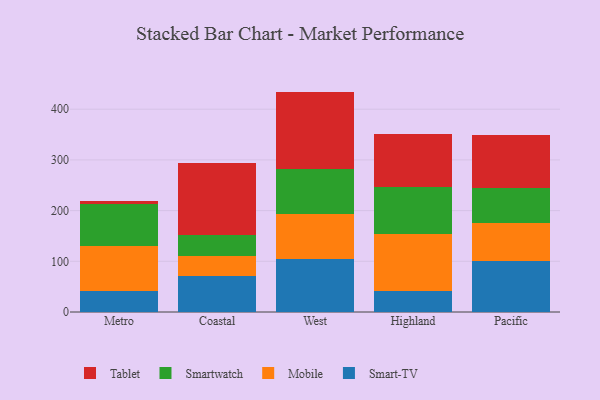
{"axis": {"x": "Region", "y": "Headcount"}, "legend": ["Mobile", "Smart-TV", "Smartwatch", "Tablet"], "data": [{"x": "Metro", "y": 40.9, "type": "Smart-TV"}, {"x": "Metro", "y": 90.1, "type": "Mobile"}, {"x": "Metro", "y": 81.4, "type": "Smartwatch"}, {"x": "Metro", "y": 6.8, "type": "Tablet"}, {"x": "Coastal", "y": 70.7, "type": "Smart-TV"}, {"x": "Coastal", "y": 39.6, "type": "Mobile"}, {"x": "Coastal", "y": 41.7, "type": "Smartwatch"}, {"x": "Coastal", "y": 141.9, "type": "Tablet"}, {"x": "West", "y": 105.2, "type": "Smart-TV"}, {"x": "West", "y": 88.3, "type": "Mobile"}, {"x": "West", "y": 89.2, "type": "Smartwatch"}, {"x": "West", "y": 152.0, "type": "Tablet"}, {"x": "Highland", "y": 41.0, "type": "Smart-TV"}, {"x": "Highland", "y": 113.5, "type": "Mobile"}, {"x": "Highland", "y": 92.6, "type": "Smartwatch"}, {"x": "Highland", "y": 103.0, "type": "Tablet"}, {"x": "Pacific", "y": 100.6, "type": "Smart-TV"}, {"x": "Pacific", "y": 74.3, "type": "Mobile"}, {"x": "Pacific", "y": 70.3, "type": "Smartwatch"}, {"x": "Pacific", "y": 103.6, "type": "Tablet"}]}